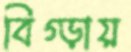
বিগ্‌ড়ায়